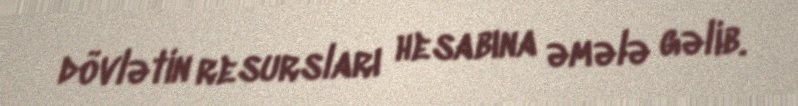
dövlətin resursları hesabına əmələ gəlib.